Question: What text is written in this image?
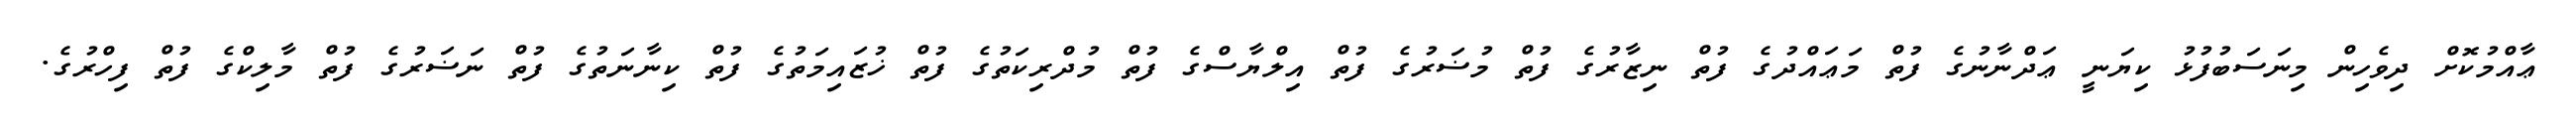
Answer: ޢާއްމުކޮށް ދިވެހިން މިނަސަބުފުޅު ކިޔަނީ ޢަދްނާނުގެ ފުތް މަޢައްދުގެ ފުތް ނިޒާރުގެ ފުތް މުޟަރުގެ ފުތް އިލްޔާސްގެ ފުތް މުދްރިކަތުގެ ފުތް ޚުޒައިމަތުގެ ފުތް ކިނާނަތުގެ ފުތް ނަޟަރުގެ ފުތް މާލިކްގެ ފުތް ފިހްރުގެ.